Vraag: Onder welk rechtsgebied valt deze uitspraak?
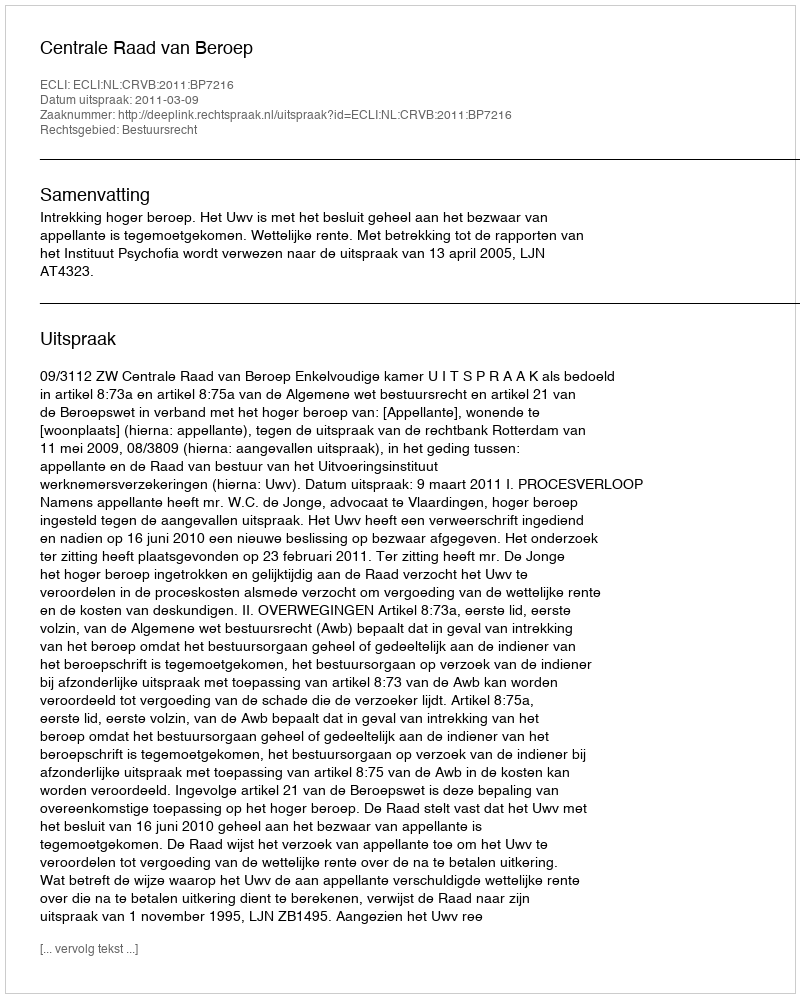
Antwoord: Bestuursrecht